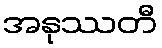
အနုဿတီ